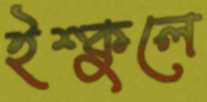
ইশ্কুলে